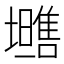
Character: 𱕡